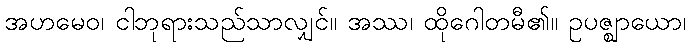
အဟမေဝ၊ ငါဘုရားသည်သာလျှင်။ အဿ၊ ထိုဂေါတမီ၏။ ဥပဇ္ဈာယော၊